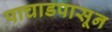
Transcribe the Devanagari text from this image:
पाचाडपासून